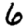
Digit: 6